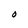
Character: O